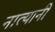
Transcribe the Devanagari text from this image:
नात्यानी